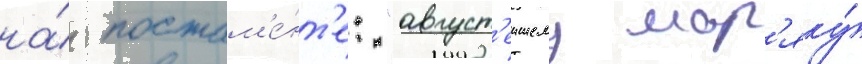
на́ постам'е́нт'е: "август'еишему мор'яку́